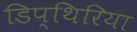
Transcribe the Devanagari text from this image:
डिप्थिरिया